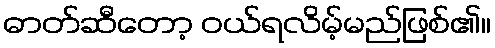
ဓာတ်ဆီတော့ ဝယ်ရလိမ့်မည်ဖြစ်၏။